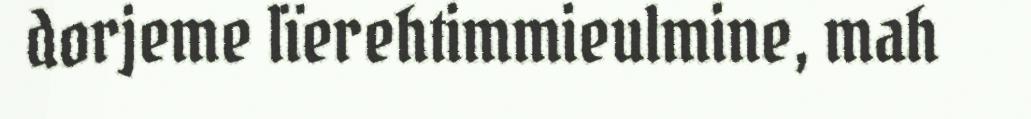
dorjeme lïerehtimmieulmine, mah